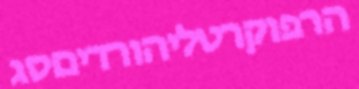
הרפוקרטליהורדיםסג